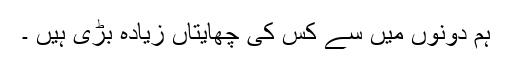
ہم دونوں میں سے کس کی چھایتاں زیادہ بڑی ہیں ۔